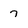
Character: 7